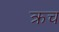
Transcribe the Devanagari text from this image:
क्रच